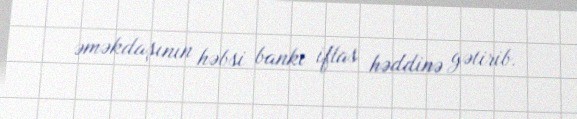
əməkdaşının həbsi bankı iflas həddinə gətirib.